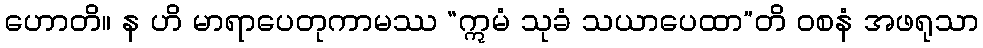
ဟောတိ။ န ဟိ မာရာပေတုကာမဿ “ဣမံ သုခံ သယာပေထာ”တိ ဝစနံ အဖရုသာ